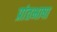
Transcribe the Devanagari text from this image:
प्रांतभाषा